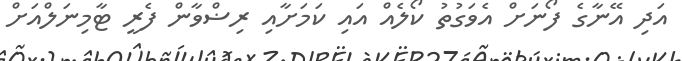
އަދި އޭނާގެ ފޯނަށް އެވަގުތު ކޯލެއް އައި ކަމަށާއި ރިޟްވާން ފެރީ ޓާމިނަލްއަށް